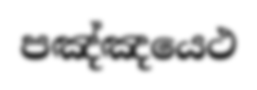
පඤ්ඤයෙථ